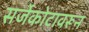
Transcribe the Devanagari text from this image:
सर्जेकोटावरून